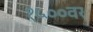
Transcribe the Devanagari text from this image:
१५००वर